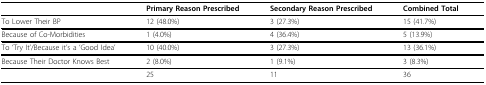
<table><thead><tr><td></td><td><b>Primary Reason Prescribed</b></td><td><b>Secondary Reason Prescribed</b></td><td><b>Combined Total</b></td></tr></thead><tbody><tr><td>To Lower Their BP</td><td>12 (48.0%)</td><td>3 (27.3%)</td><td>15 (41.7%)</td></tr><tr><td>Because of Co-Morbidities</td><td>1 (4.0%)</td><td>4 (36.4%)</td><td>5 (13.9%)</td></tr><tr><td>To &#x27;Try It&#x27;/Because it&#x27;s a &#x27;Good Idea&#x27;</td><td>10 (40.0%)</td><td>3 (27.3%)</td><td>13 (36.1%)</td></tr><tr><td>Because Their Doctor Knows Best</td><td>2 (8.0%)</td><td>1 (9.1%)</td><td>3 (8.3%)</td></tr><tr><td></td><td>25</td><td>11</td><td>36</td></tr></tbody></table>